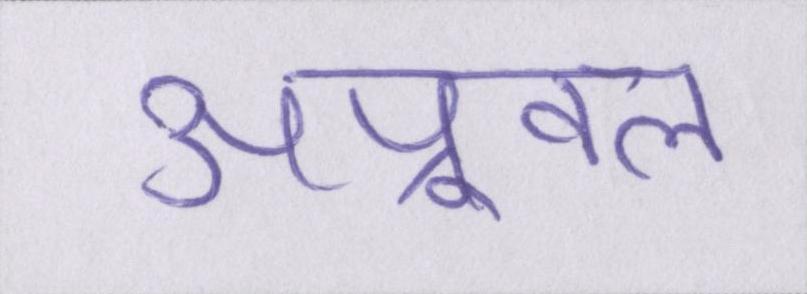
अप्रूवल